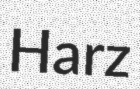
Harz